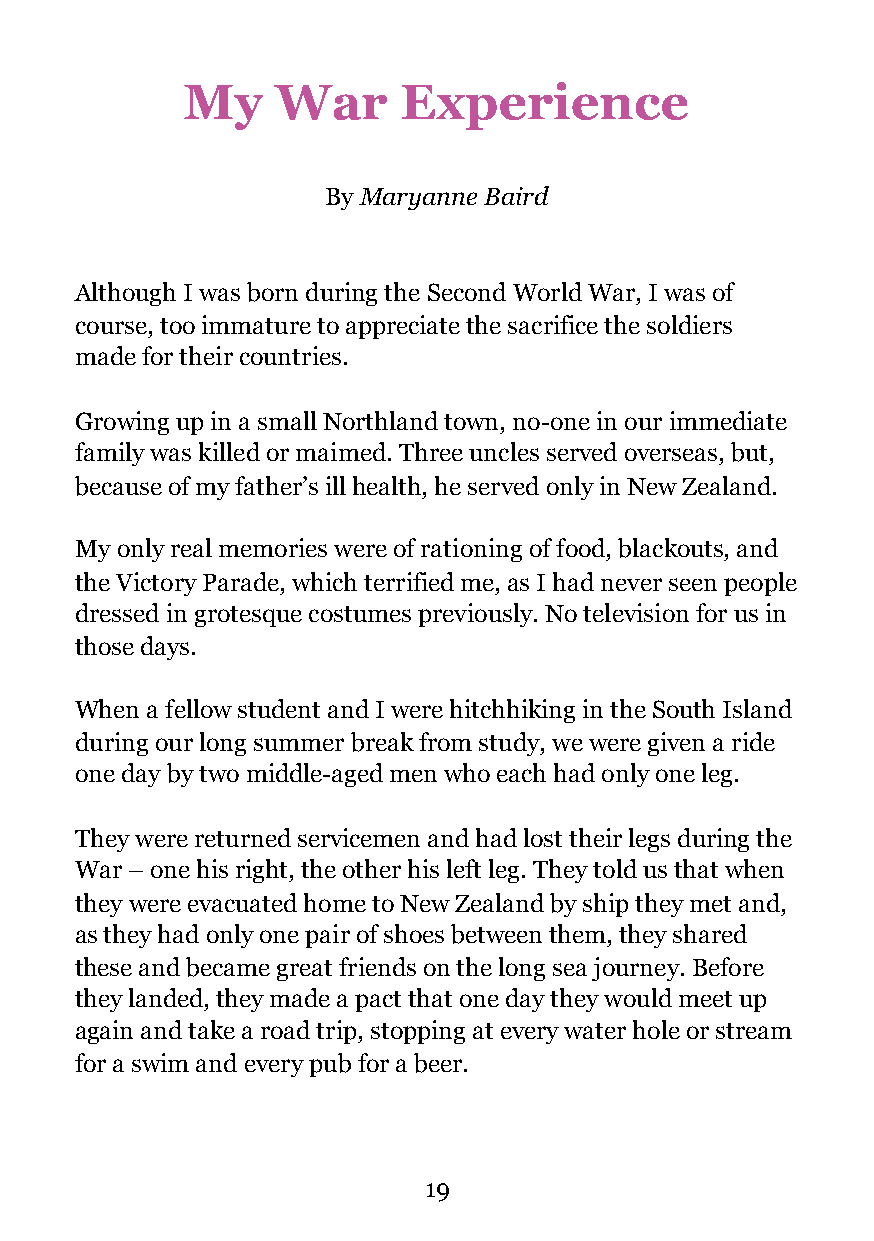
My    War     Experience
 By Maryanne Baird
 Although I was born during the Second World War, I was of
 course, too immature to appreciate the sacrifice the soldiers
 made for their countries.
 Growing up in a small Northland town, no-one in our immediate
 family was killed or maimed. Three uncles served overseas, but,
 because of my father’s ill health, he served only in New Zealand.
 My only real memories were of rationing of food, blackouts, and
 the Victory Parade, which terrified me, as I had never seen people
 dressed in grotesque costumes previously. No television for us in
 those days.
 When a fellow student and I were hitchhiking in the South Island
 during our long summer break from study, we were given a ride
 one day by two middle-aged men who each had only one leg.
 They were returned servicemen and had lost their legs during the
 War – one his right, the other his left leg. They told us that when
 they were evacuated home to New Zealand by ship they met and,
 as they had only one pair of shoes between them, they shared
 these and became great friends on the long sea journey. Before
 they landed, they made a pact that one day they would meet up
 again and take a road trip, stopping at every water hole or stream
 for a swim and every pub for a beer.
 !1!199